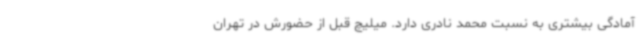
آمادگی بیشتری به نسبت محمد نادری دارد. میلیچ قبل از حضورش در تهران